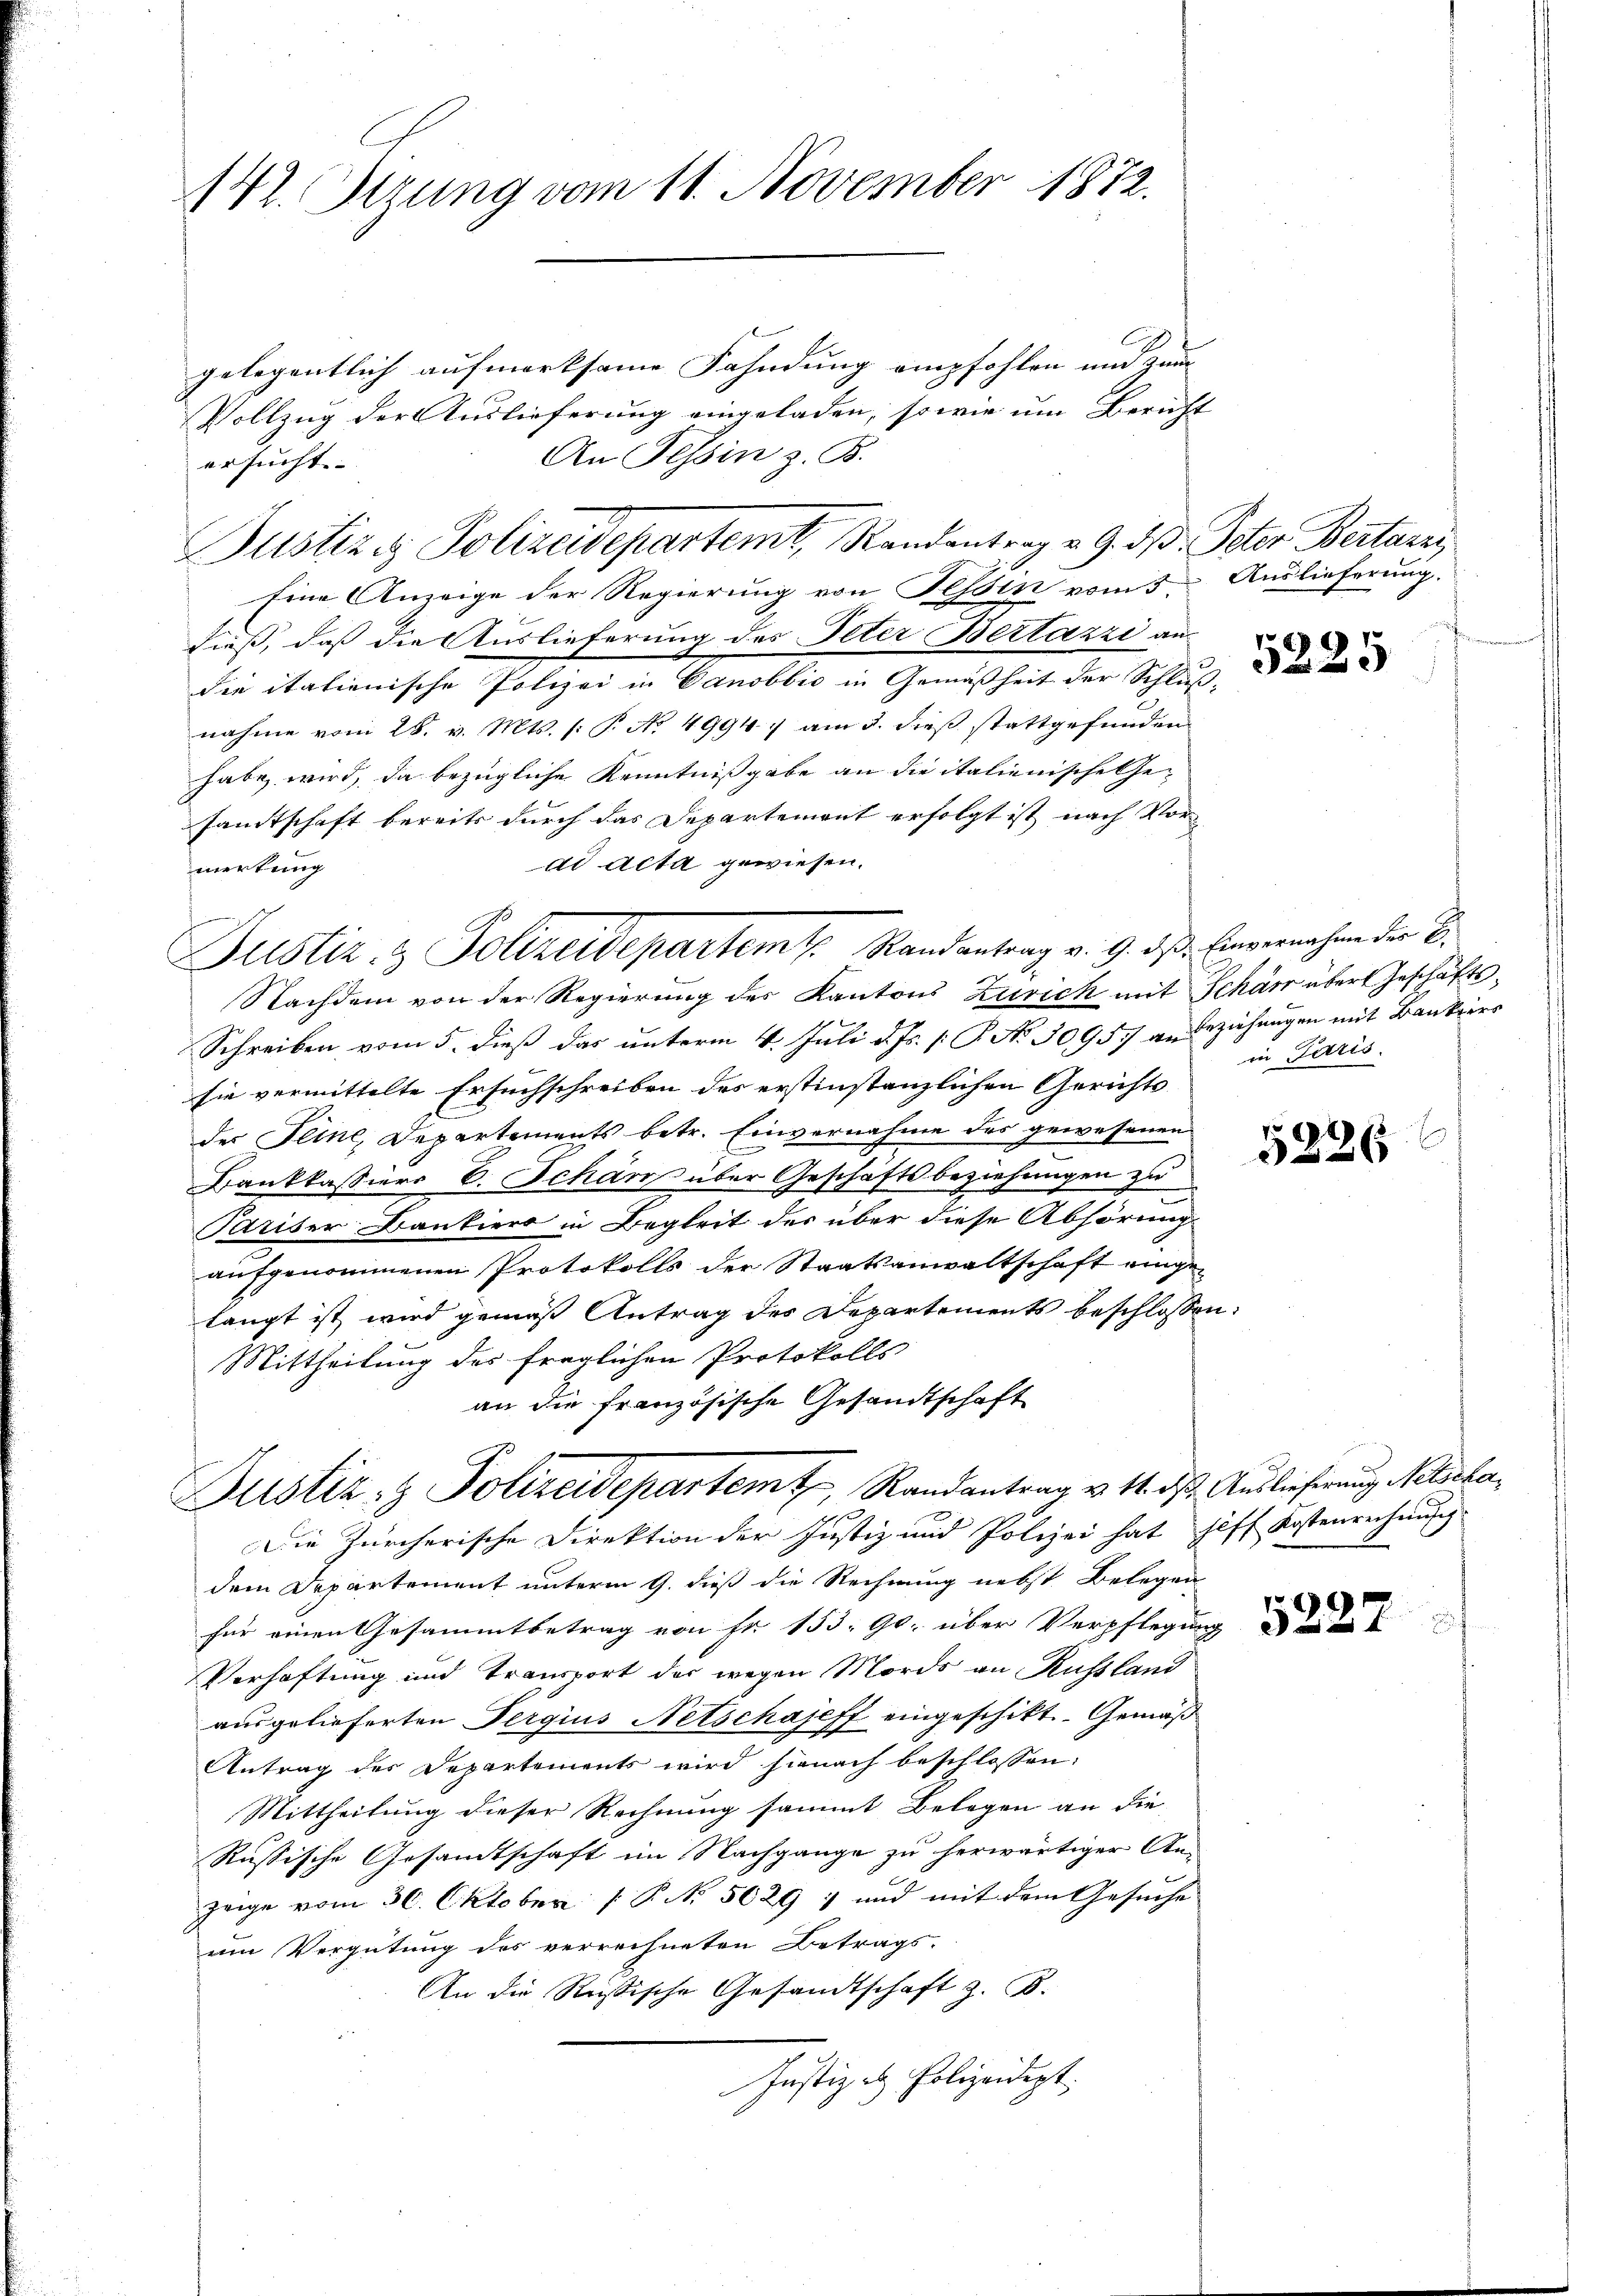
142. Stzung vom 11. November 1872.

gelegentlich aufmerksame Fahndung empfohlen und zum
Vollzug der Auslieferung eingeladen, sowie um Bericht
An Tessin z. B.
ersucht.

ließ, daß die Auslieferung des Peter Bestazzi an
die italienische Polizei in Canobbić in Gemäßheit der Schluß-
nahme vom 28. v. Mts. (: P. No 4994. am 3. dieß stattgefunden
habe wird, da bezügliche Kenntnißgabe an die italienische Ge-
samtschaft bereits durch das Departement erfolgt ist nach Vorad acta gewiesen.
merkung
Nachdem von der Regierung des Kantons Zürich mit Schäre übert Geschäfts¬
Schreiben vom 5. dieß das unterm 4. Juli d. Js. p. P. No 3095. an Beziehungen mit Bankier
sie vermittelte Ersuchschreiben des erstinstanzlichen Gerichts
der Seine Departements betr. Einvernahme des gewesenen
Bankkassiers E. Schanz über Geschäftsbeziehungen zu
Pariser Bankiers in Begleit des über diese Abhörung
aufgenommenen Protokolls der Staatsanwaltschaft eingelangt ist wird gemäß Antrag des Departements beschlossen:
Mittheilung des fraglichen Protokolls
an die französische Gesandtschaft

Justizi Polizeidepartemt, Randentrag v. 9. dβ. Peter Bertarz,
Eine Anzeige der Regierung von Tessin vom 3. Auslieferung.

Justiz & Polizeidepartem Randantrag v. 9. des Einvernahme der B.

Justiz- & Polizeidepartemt, Randantrag v. 14. ds. Auslieferung Nelscha¬

Die Zürcherische Direktion der Justiz und Polizei hat hoff Kostenrechnung
dem Departement unterm 9. dieß die Rechnung nebst Belegen
für einen Gesammtbetrag von Fr. 153. 90. über Verpflegung
Verhaftung und Transport der wegen Mords an Russland
ausgelieferten Pergius Netschajeff eingeschikt. Gemäß
Antrag des Departements wird hienach beschlossen:
Mittheilung dieser Rechnung sammt Belegen an die
Russische Gesandtschaft im Nachgange zu herwärtiger An-
zeige vom 30. Oktober [ P. N. 5629 ; und mit dem Gesuche
um Vergütung des verrechneten Betrags-
An die Russische Gesandtschaft z. B.
Justiz & Polizeidigt.

5225

in Paris.

5226

522.